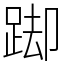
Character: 踋